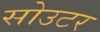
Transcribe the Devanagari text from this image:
सोउटर